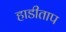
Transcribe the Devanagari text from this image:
हाडीताप